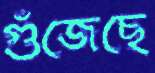
গুঁজেছে